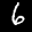
Label: 6